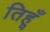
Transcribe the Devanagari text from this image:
तिहूँ